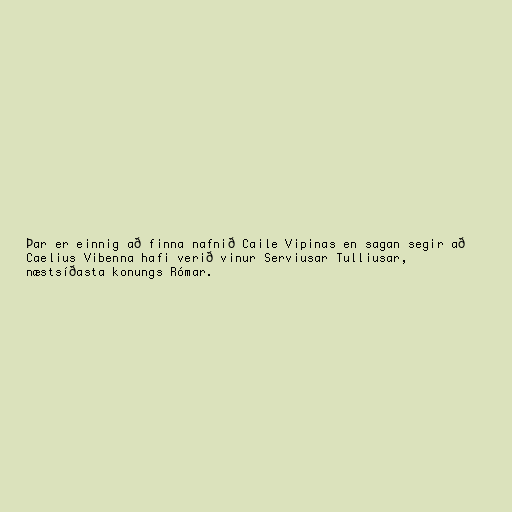
Þar er einnig að finna nafnið Caile Vipinas en sagan segir að
Caelius Vibenna hafi verið vinur Serviusar Tulliusar,
næstsíðasta konungs Rómar.